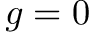
g = 0